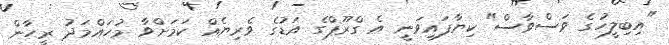
"އިބިލީހުގެ ވަސްވާސް" ކިޔާފައިވަނީ އެ ގްރޫޕްގެ އަޑުގެ ވެރިޔެއް ކަމަށްވާ މުހައްމަދު ރީހާން